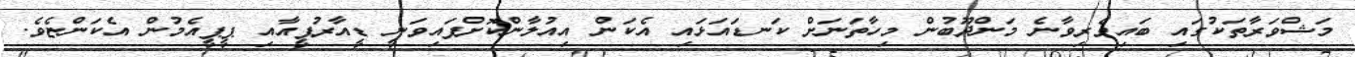
މަޝްވަރާތަކުގައި ބައިވެރިވާނެ މަންދޫބުން މިހާތަނަށް ކަނޑައަޅައި އެކަން އިއުލާންކޮށްފައިވަނީ ޑީއާރުޕީއާއި ޕީޕީއެމުން އެކަންޏެވެ.